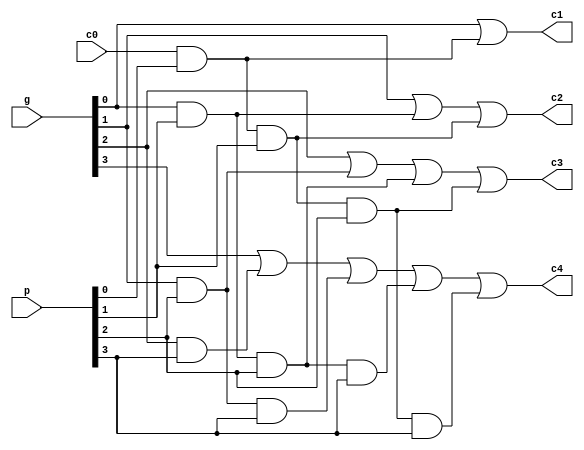
module carry(c1,c2,c3,c4,p,g,c0);
	output c1,c2,c3,c4;
	input [3:0] p,g;
	input c0;
	assign c1 = g[0] | c0&p[0] ; 
	assign c2 = g[1] | g[0]&p[1] | c0&p[0]&p[1];
	assign c3 = g[2] | g[1]&p[2] | g[0]&p[1]&p[2] | c0&p[0]&p[1]&p[2];
	assign c4 = g[3] | g[2]&p[3] | g[1]&p[2]&p[3] | g[0]&p[1]&p[2]&p[3] | c0&p[0]&p[1]&p[2]&p[3];
endmodule